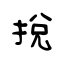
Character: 挩